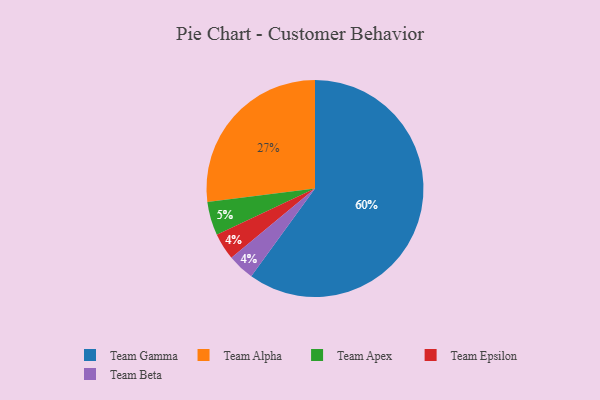
{"axis": {"x": "Category", "y": "Percentage"}, "legend": ["Team Alpha", "Team Apex", "Team Beta", "Team Epsilon", "Team Gamma"], "data": [{"x": "Team Alpha", "y": 27, "type": "Team Alpha"}, {"x": "Team Epsilon", "y": 4, "type": "Team Epsilon"}, {"x": "Team Gamma", "y": 60, "type": "Team Gamma"}, {"x": "Team Apex", "y": 5, "type": "Team Apex"}, {"x": "Team Beta", "y": 4, "type": "Team Beta"}]}